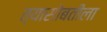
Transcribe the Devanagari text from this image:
त्यासोबतीला